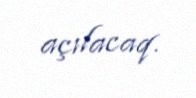
açılacaq.